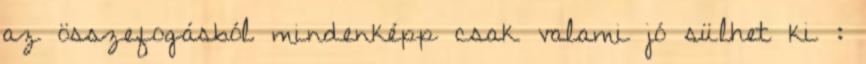
az összefogásból mindenképp csak valami jó sülhet ki :